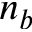
n _ { b }